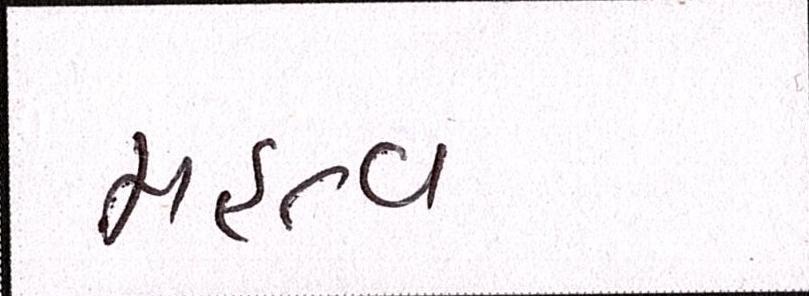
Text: મહત્વ